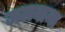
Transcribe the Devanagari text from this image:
जलवाना